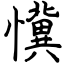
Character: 懻